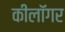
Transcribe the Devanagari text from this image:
कीलॉगर